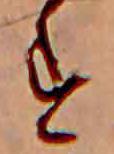
す